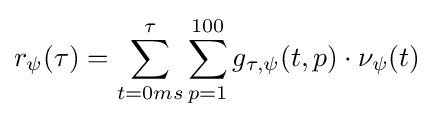
r_{\psi }(\tau )=\sum _{t=0ms}^{\tau }\sum _{p=1}^{100}g_{\tau ,\psi }(t,p)\cdot \nu _{\psi }(t)